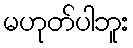
မဟုတ်ပါဘူး